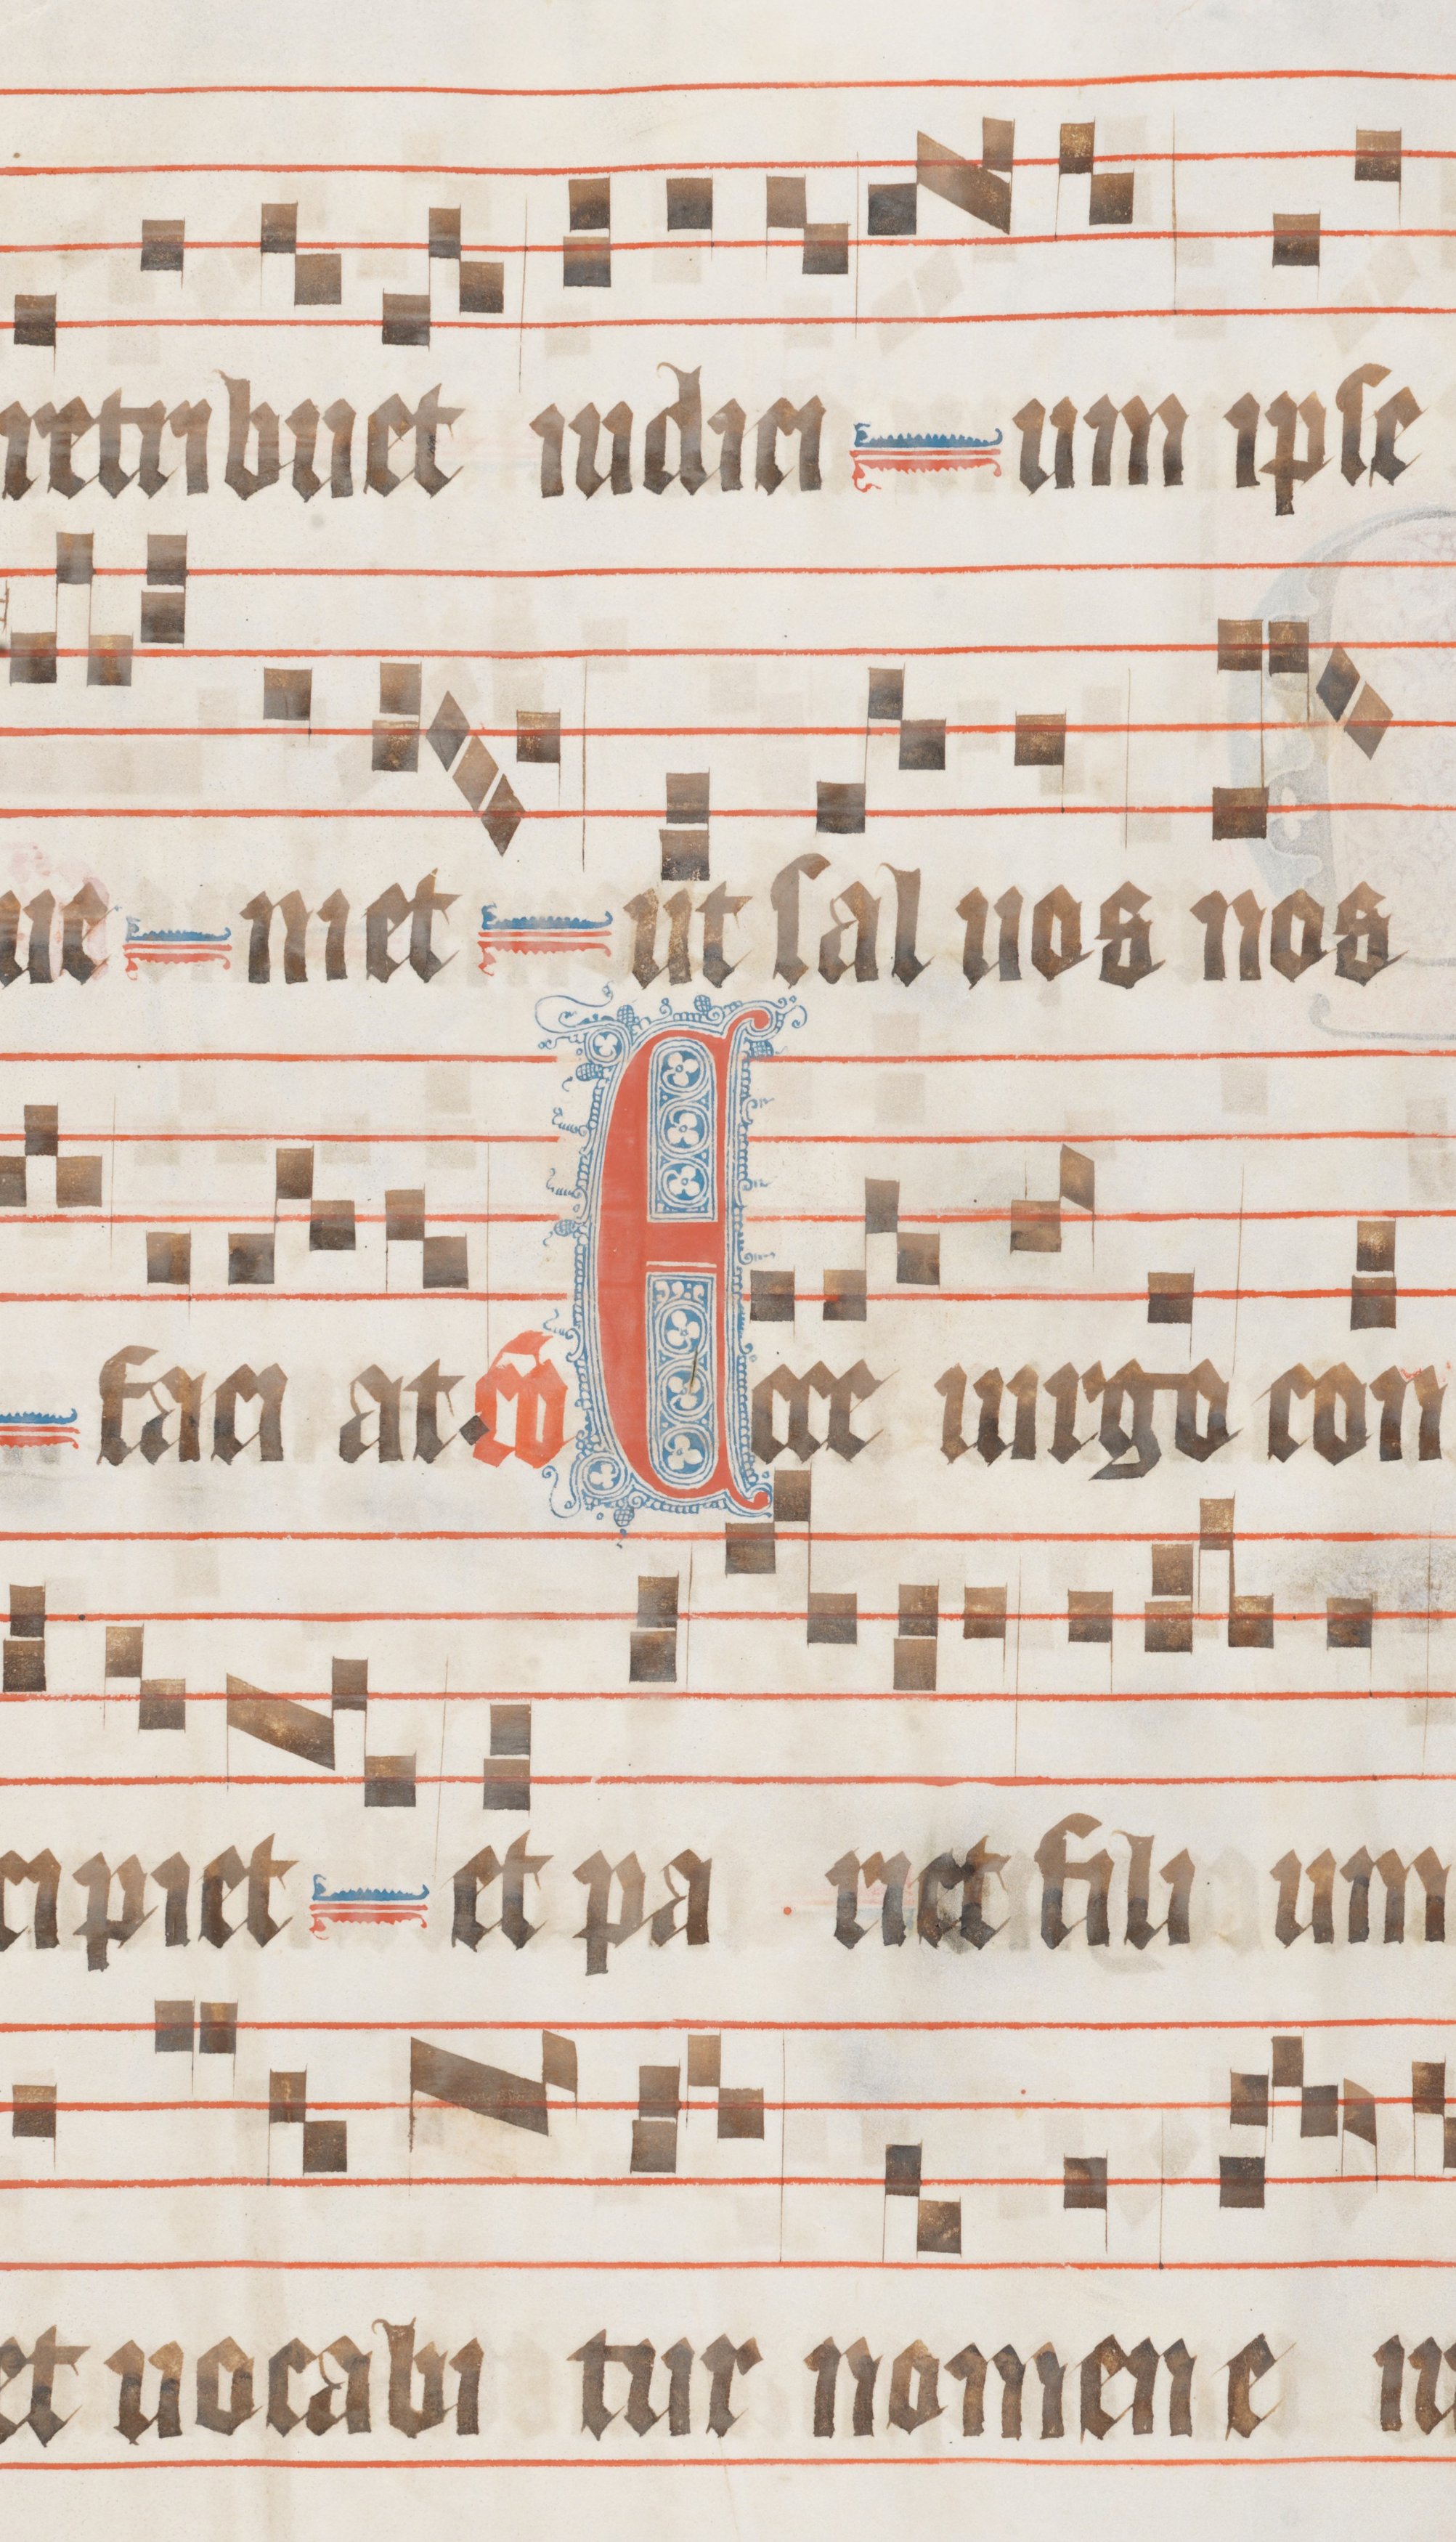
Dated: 1330–1335